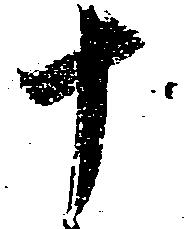
十